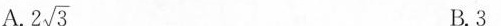
A. $$2 \sqrt{ 3 }$$ B.3